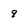
Character: 9